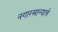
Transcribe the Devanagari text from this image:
नगारखान्याचे